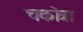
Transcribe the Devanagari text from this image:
चकोत्रा